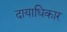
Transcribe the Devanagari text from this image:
दायाधिकार